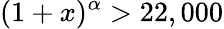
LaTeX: (1+x)^{\alpha}>22,000